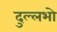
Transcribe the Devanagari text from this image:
दुल्लभो